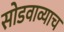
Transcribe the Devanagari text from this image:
सोडवाव्याच